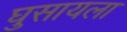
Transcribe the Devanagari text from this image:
घुसायला